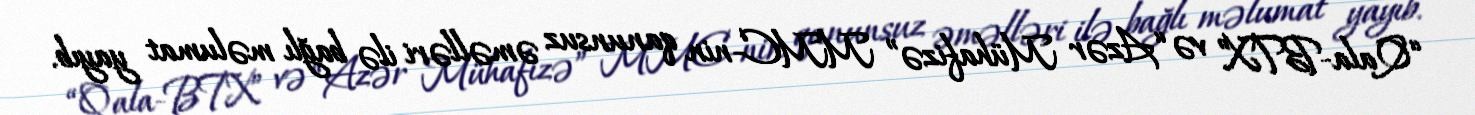
“Qala-BTX” və “Azər Mühafizə” MMC-nin qanunsuz əməlləri ilə bağlı məlumat yayıb.